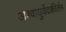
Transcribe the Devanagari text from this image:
अश्वायुर्वेदकीर्तन